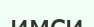
имси